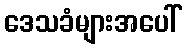
ဒေသခံများအပေါ်